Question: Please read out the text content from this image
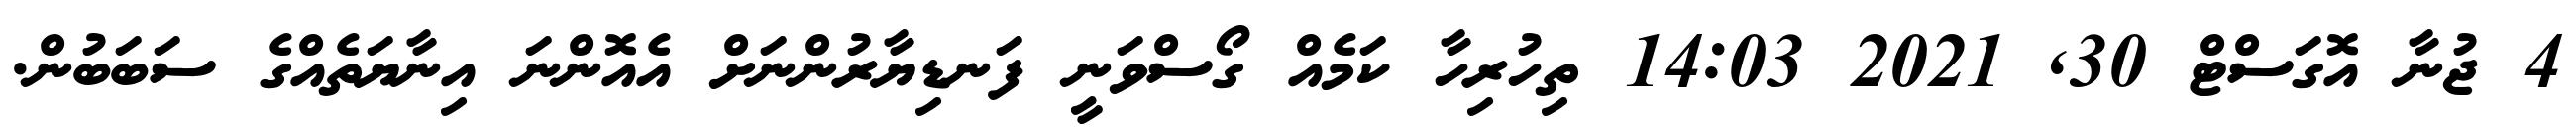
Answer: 4 ޖުނާ އޮގަސްޓް 30, 2021 14:03 ތިހުރިހާ ކަމެއް ގޯސްވަނީ ފަނޑިޔާރުންނަށް އެއޮންނަ އިނާޔަތެއްގެ ސަބަބުން.